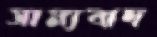
সাম্যবাদ